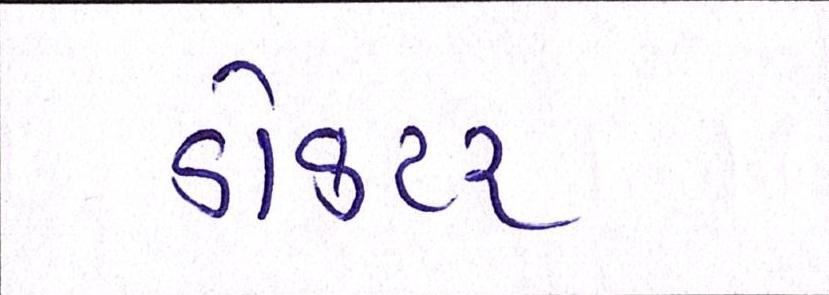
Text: ડોકટર